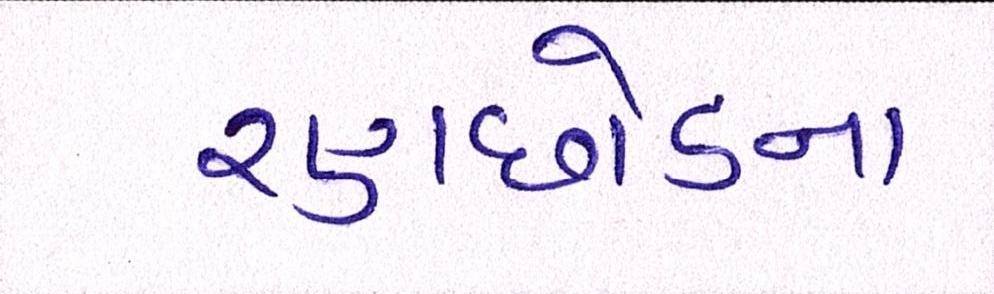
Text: રણછોડના